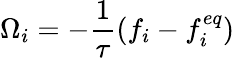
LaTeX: \Omega_{i}=-\frac{1}{\tau}(f_{i}-f_{i}^{eq})